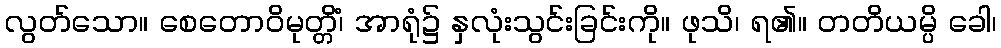
လွတ်သော။ စေတောဝိမုတ္တိံ၊ အာရုံ၌ နှလုံးသွင်းခြင်းကို။ ဖုသိ၊ ရ၏။ တတိယမ္ပိ ခေါ၊